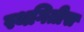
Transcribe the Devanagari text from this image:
स्थगितीस